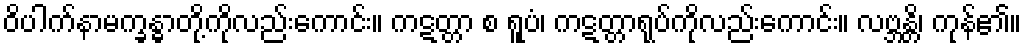
ဝိပါက်နာမက္ခန္ဓာတို့ကိုလည်းကောင်း။ ကဋတ္တာ စ ရူပံ၊ ကဋတ္တာရုပ်ကိုလည်းကောင်း။ လဗ္ဘန္တိ၊ ကုန်၏။